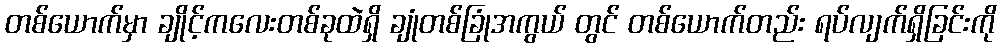
တစ်ယောက်မှာ ချိုင့်ကလေးတစ်ခုထဲရှိ ချုံတစ်ခြုံအကွယ် တွင် တစ်ယောက်တည်း ရပ်လျက်ရှိခြင်းကို